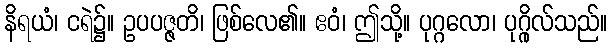
နိရယံ၊ ငရဲ၌။ ဥပပဇ္ဇတိ၊ ဖြစ်လေ၏။ ဧဝံ၊ ဤသို့။ ပုဂ္ဂလော၊ ပုဂ္ဂိုလ်သည်။